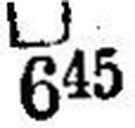
□ 645